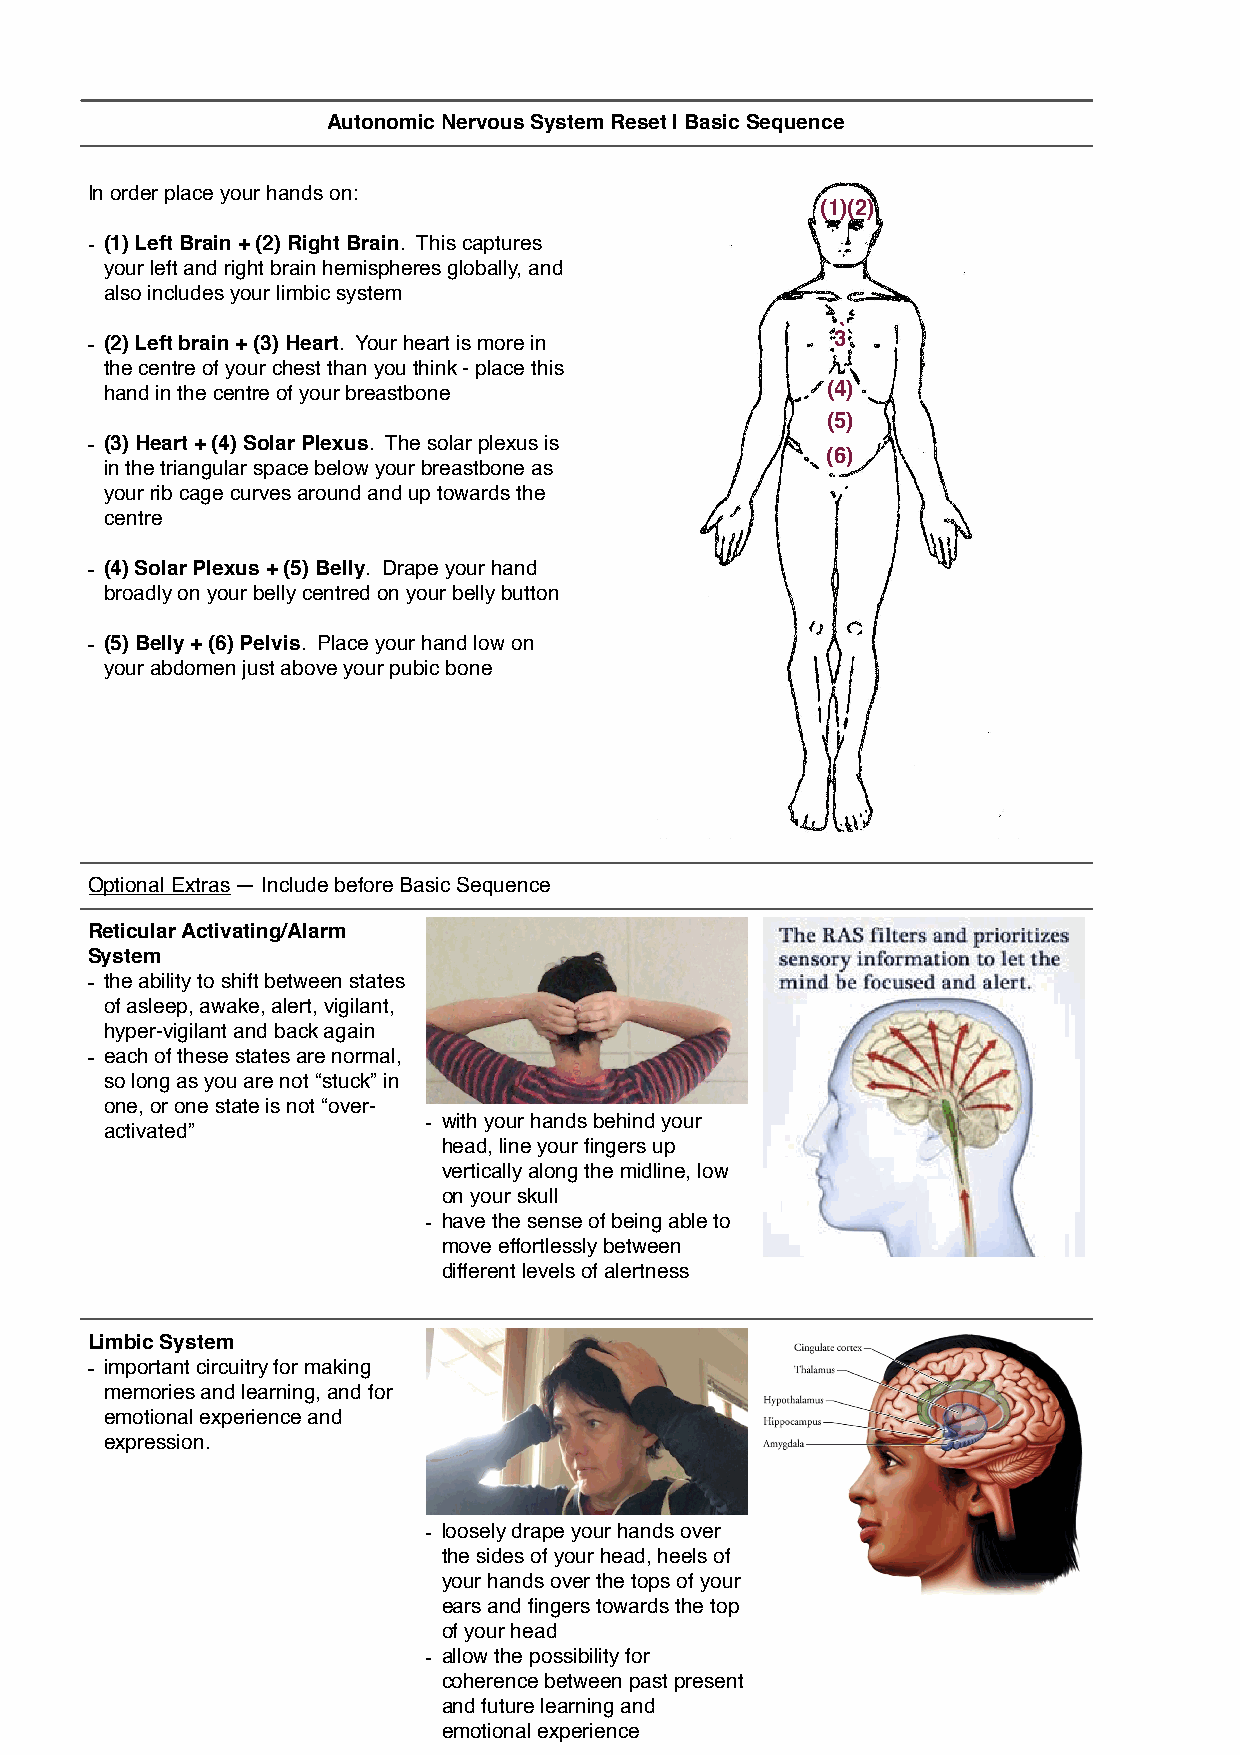
Autonomic Nervous System Reset | Basic Sequence
 In order place your hands on:
 (1)(2)
 - (1) Left Brain + (2) Right Brain. This captures
 your left and right brain hemispheres globally, and
 also includes your limbic system
 (
 - (2) Left brain + (3) Heart. Your heart is more in 3
 the centre of your chest than you think - place this )
 hand in the centre of your breastbone           (4)
 (5)
 - (3) Heart + (4) Solar Plexus. The solar plexus is
 (6)
 in the triangular space below your breastbone as
 your rib cage curves around and up towards the
 centre
 - (4) Solar Plexus + (5) Belly. Drape your hand
 broadly on your belly centred on your belly button
 - (5) Belly + (6) Pelvis. Place your hand low on
 your abdomen just above your pubic bone

 Optional Extras — Include before Basic Sequence
 Reticular Activating/Alarm
 System
 - the ability to shift between states
 of asleep, awake, alert, vigilant,
 hyper-vigilant and back again
 - each of these states are normal,
 so long as you are not “stuck” in

 one, or one state is not “over-
 - with your hands behind your
 activated”
 head, line your fingers up
 vertically along the midline, low
 on your skull
 - have the sense of being able to
 move effortlessly between
 different levels of alertness
 Limbic System
 - important circuitry for making
 memories and learning, and for
 emotional experience and
 expression.

 - loosely drape your hands over
 the sides of your head, heels of
 your hands over the tops of your
 ears and fingers towards the top
 of your head
 - allow the possibility for
 coherence between past present
 and future learning and
 emotional experience